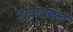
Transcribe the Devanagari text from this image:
हावडाकडे